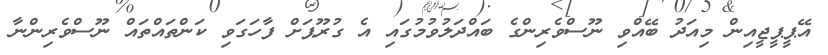
އޭޕީޕީޖީއިން މިއަދު ބޭއްވި ނޫސްވެރިންގެ ބައްދަލުވުމުގައި އެ ގުރޫޕަށް ފާހަގަވި ކަންތައްތައް ނޫސްވެރިންނާ